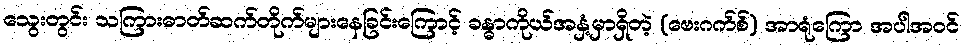
သွေးတွင်း သကြားဓာတ်ဆက်တိုက်များနေခြင်းကြောင့် ခန္ဓာကိုယ်အနှံ့မှာရှိတဲ့ (ဗေးဂက်စ်) အာရုံကြော အပါအဝင်